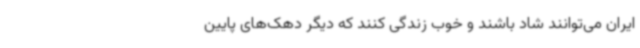
ایران می‌توانند شاد باشند و خوب زندگی کنند که دیگر دهک‌های پایین